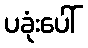
ပခုံးပေါ်